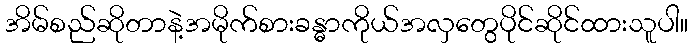
အိမ်စည်ဆိုတာနဲ့အမိုက်စားခန္ဓာကိုယ်အလှတွေပိုင်ဆိုင်ထားသူပါ။